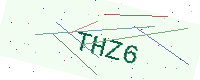
Text: THZ6